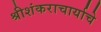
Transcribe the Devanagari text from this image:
श्रीशंकराचार्याचे